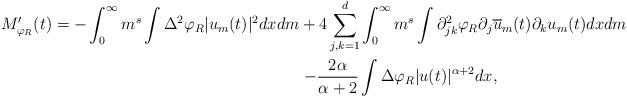
LaTeX: \begin{align*}M'_{\varphi_R}(t) &= -\int_0^\infty m^s \int \Delta^2 \varphi_R |u_m(t)|^2 dx dm + 4\sum_{j,k=1}^d \int_0^\infty m^s \int \partial^2_{jk} \varphi_R \partial_j \overline{u}_m(t) \partial_k u_m(t) dx dm \\&\mathrel{\phantom{= -\int_0^\infty m^s \int \Delta^2 \varphi_R |u_m(t)|^2 dx dm}}- \frac{2\alpha}{\alpha+2} \int \Delta \varphi_R |u(t)|^{\alpha+2} dx,\end{align*}